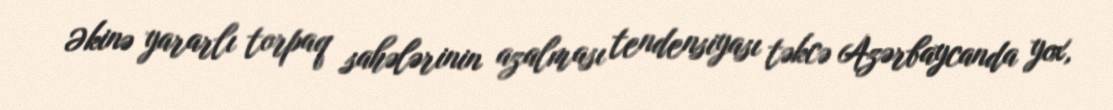
Əkinə yararlı torpaq sahələrinin azalması tendensiyası təkcə Azərbaycanda yox,